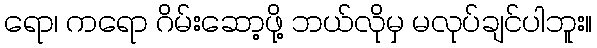
ရော၊ ကရော ဂိမ်းဆော့ဖို့ ဘယ်လိုမှ မလုပ်ချင်ပါဘူး။